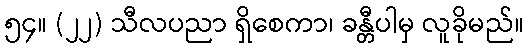
၅၄။ (၂၂) သီလပညာ ရှိစေကာ၊ ခန္တီပါမှ လူခိုမည်။